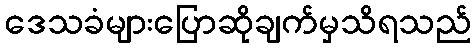
ဒေသခံများပြောဆိုချက်မှသိရသည်